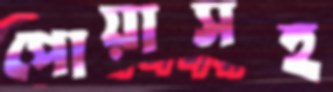
পোয়াসহ